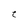
Character: t